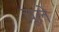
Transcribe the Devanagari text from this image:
चूले